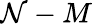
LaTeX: \mathcal{N}-M